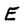
Character: E